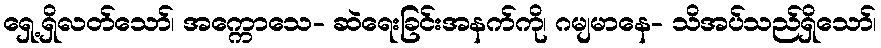
ရှေ့ရှိလတ်သော်၊ အက္ကောသေ- ဆဲရေးခြင်းအနက်ကို၊ ဂမျမာနေ- သိအပ်သည်ရှိသော်၊